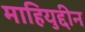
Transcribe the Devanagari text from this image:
माहियुद्दीन